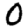
Digit: 0